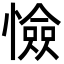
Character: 憸